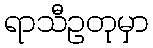
ရာသီဥတုမှာ